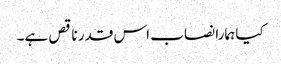
کیا ہمارا نصاب اس قدر ناقص ہے۔